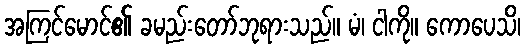
အကြင်မောင်၏ ခမည်းတော်ဘုရားသည်။ မံ၊ ငါကို။ ကောပေသိ၊